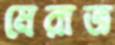
মেরাজ